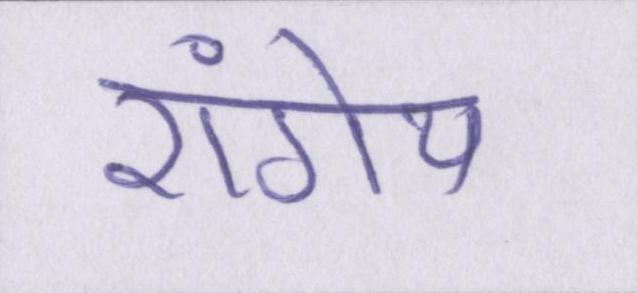
रांगेय